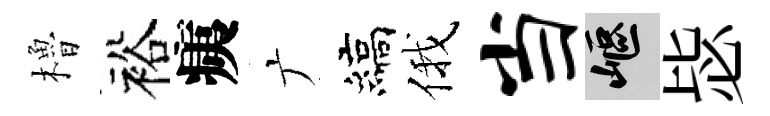
櫓裕痍广縞俄当嶇毖